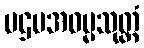
ပဌမအဓမ္မသုတ္တံ